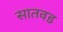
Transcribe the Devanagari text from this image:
सातवड